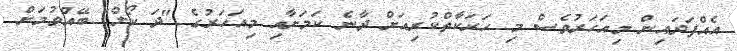
އެއްފަދައިން މިއަހަރުވެސް މި ހަރަކާތްކުރިއަށް ދާނެ ކަމަށާއި މިއަހަރުގެ "ދަ ކޯލް" ބޭއްވުމަށް